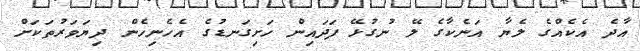
އާދެ އެކެއްގެ ލެޔާ އަނެކާގެ ލޭ ނުގުޅޭ ފަދައިން ހަށިގަނޑުގެ އެހެނިހެން ދިޔަވަރުތަކަށް